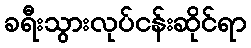
ခရီးသွားလုပ်ငန်းဆိုင်ရာ